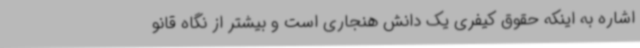
اشاره به اینکه حقوق کیفری یک دانش هنجاری است و بیشتر از نگاه قانو